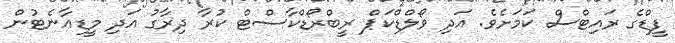
ފީޑްގެ ރައިޓްސް ކަމަށެވެ. އަދި ވޯލްޑްކަޕް ރީބްރޯޑްކާސްޓް ކުރާ ދިރާގު އަދި މީޑިއާނެޓުން